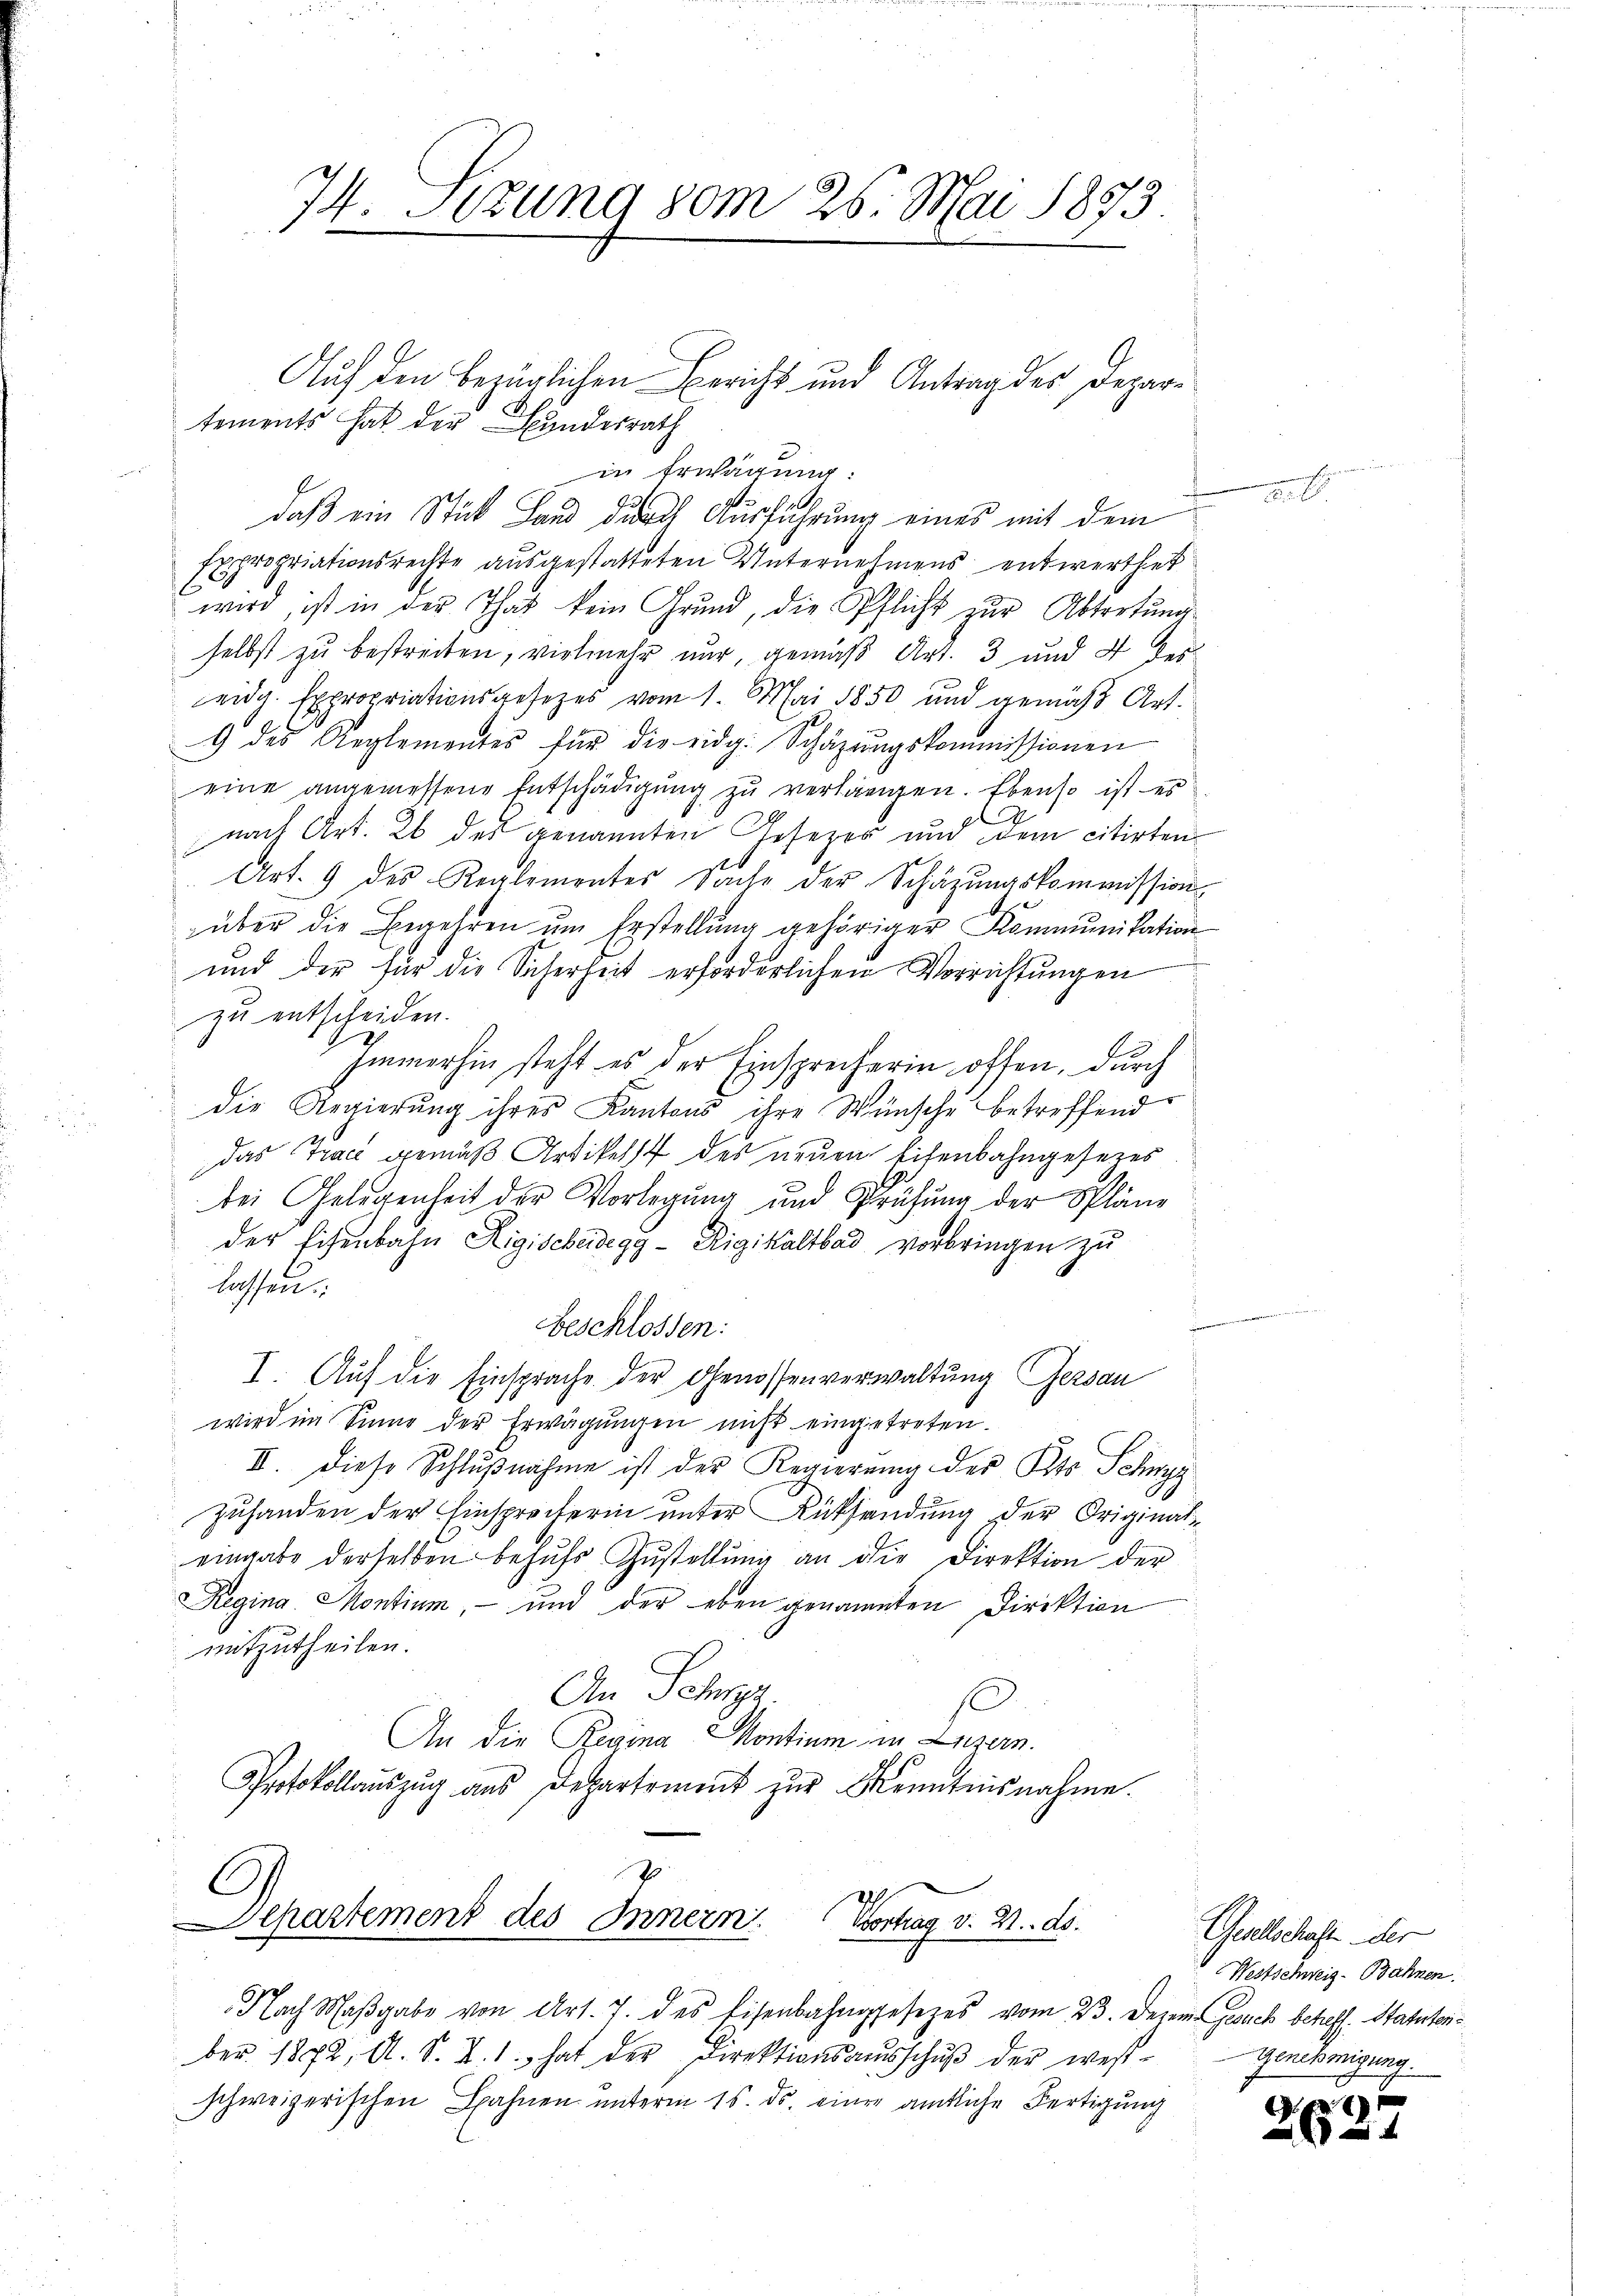
74 Sezung vom 26. Mai 1873.

Auf den bezüglichen Bericht und Antrag des Departements hat der Bundesrath
in Erwägung.
daß ein Stück Land durch Ausführung eines mit dem
Expropriationsrechte ausgestatteten Unternehmens entwerthet
wird, ist in der That kein Grund, die Pflicht zur Abtretung
selbst zu bestreiten, vielmehr nur gemäß Art. 3 und 4 des
eidg. Expropriationsgesetzes vom 1. Mai 1850 und gemäß Art.
9 des Reglementes für die eidg. Schäzŭngskommissionen
eine angemessene Entschädigung zu verlangen. Ebenso ist es
nach Art. 26 des genannten Gesezer und dem citirten
Art. 9 des Reglementes Sache der Schäzŭngskommission
über die Begehren um Erstellung gehöriger Kommunikation
und der für die Sicherheit erforderlichen Vorrichtungen
zu entscheiden.
Immerhin steht es der Einsprecherin offen, durch
die Regierung ihres Kantons ihre Wünsche betreffend
das Trac gemäß Artikelst des neuen Eisenbahngesezes
bei Gelegenheit der Vorlegung und Prüfung der Spläne
der Eisenbahn Rigischeidegg - Rigikaltbad vorbringen zu
lassen.
Furren seinen
Beschlossen:
I. Auf die Einsprache der Genossenverwaltung Gersau
wird im Sinne der Erwägungen nicht eingetreten.
II. Diese Schlußnahme ist der Regierung der Kts. Schwyz
Zuhanden der Einsprecherin unter Rücksendung der Originat
eingabe derselben behŭfs Zŭstellŭng an die Direktion der
Regina Montium, - und der eben genannten Direktion
mitzutheilen.
An Schwyz.
An die Regina Montium in Luzern.
Protokollauszug aus Departement zur Kenntnisnahme.

7
epartement des Innern. Vortrag v. 2. ds.

Nach Maβgabe von Art. 7. des Eisenbahngesezes vom 23. Dezem Gesuch betreff. Statutenber 1872, A. S. X. 1. hat der Direktionsaŭsschŭβ der wes-
schweizerischen Bahnen unterm 15. ds. einer amtliche Fertigung

Gesellschaft der
Westschweig-Bahnen.
Genehmigung.

8
0